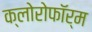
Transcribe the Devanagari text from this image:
क्‍लोरोफॉर्म